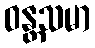
ဝန္တသမာ